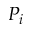
P _ { i }